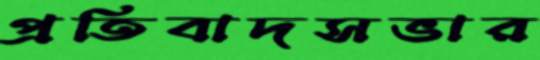
প্রতিবাদসভার